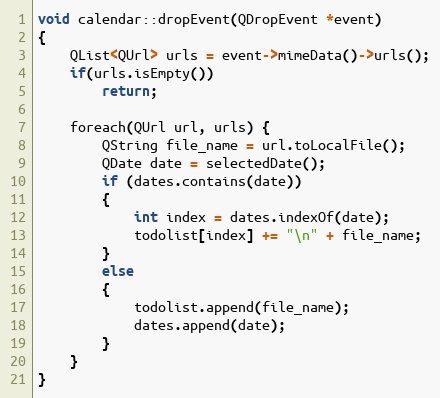
Language: C++
void calendar::dropEvent(QDropEvent *event)
{
    QList<QUrl> urls = event->mimeData()->urls();
    if(urls.isEmpty())
        return;

    foreach(QUrl url, urls) {
        QString file_name = url.toLocalFile();
        QDate date = selectedDate();
        if (dates.contains(date))
        {
            int index = dates.indexOf(date);
            todolist[index] += "\n" + file_name;
        }
        else
        {
            todolist.append(file_name);
            dates.append(date);
        }
    }
}